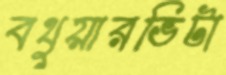
বথুয়ারভিটা